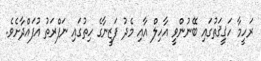
ރަހީމާ ހަޤީޤަތުގައި ބޭނުންވީ އާހިލް އާއި މެދު ފަޒީނާގެ ހިތުގައި ނަފްރަތު އުފައްދާށެވެ.